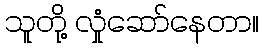
သူတို့ လှုံဆော်နေတာ။